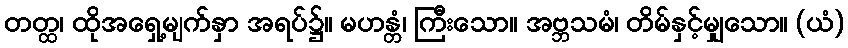
တတ္ထ၊ ထိုအရှေ့မျက်နှာ အရပ်၌။ မဟန္တံ၊ ကြီးသော။ အဗ္ဘသမံ၊ တိမ်နှင့်မျှသော။ (ယံ)